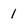
Character: 1